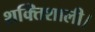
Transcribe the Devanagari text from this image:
शक्तिशाली।